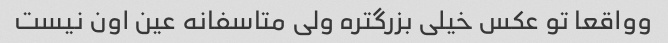
وواقعا تو عکس خیلی بزرگتره ولی متاسفانه عین اون نیست